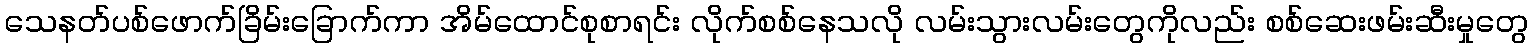
သေနတ်ပစ်ဖောက်ခြိမ်းခြောက်ကာ အိမ်ထောင်စုစာရင်း လိုက်စစ်နေသလို လမ်းသွားလမ်းတွေကိုလည်း စစ်ဆေးဖမ်းဆီးမှုတွေ